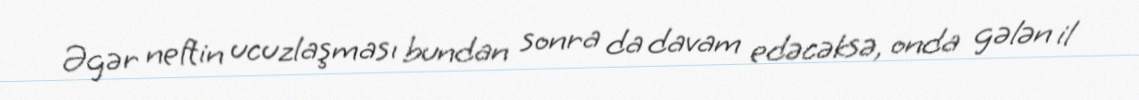
Əgər neftin ucuzlaşması bundan sonra da davam edəcəksə, onda gələn il